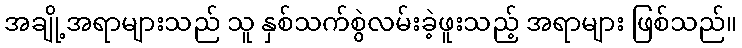
အချို့အရာများသည် သူ နှစ်သက်စွဲလမ်းခဲ့ဖူးသည့် အရာများ ဖြစ်သည်။